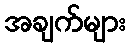
အချက်များ